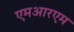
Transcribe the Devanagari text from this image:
एमआरएम